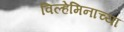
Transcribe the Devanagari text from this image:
विल्हेमिनाच्या